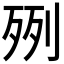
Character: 𣧿